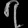
Digit: ၇